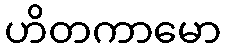
ဟိတကာမော